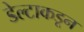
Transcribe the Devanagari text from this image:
डेल्टाकडून